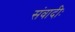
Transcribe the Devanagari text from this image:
संवादीः